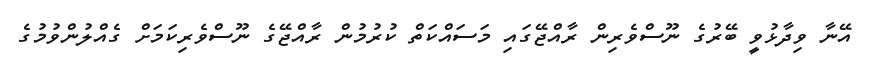
އޭނާ ވިދާޅުވީ ބޭރުގެ ނޫސްވެރިން ރާއްޖޭގައި މަސަައްކަތް ކުރުމުން ރާއްޖޭގެ ނޫސްވެރިކަމަށް ގެއްލުންވުމުގެ